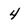
Character: 4